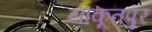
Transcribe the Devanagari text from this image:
याकूतपुर